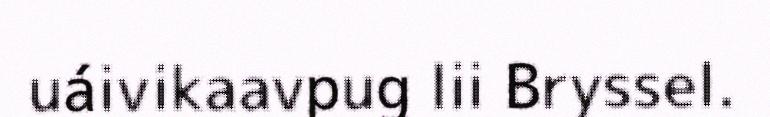
uáivikaavpug lii Bryssel.